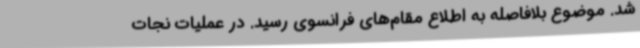
شد. موضوع بلافاصله به اطلاع مقام‌های فرانسوی رسید. در عملیات نجات